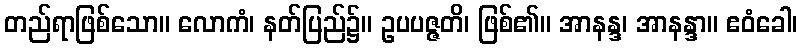
တည်ရာဖြစ်သော။ လောကံ၊ နတ်ပြည်၌။ ဥပပဇ္ဇတိ၊ ဖြစ်၏။ အာနန္ဒ၊ အာနန္ဒာ။ ဧဝံခေါ၊